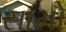
સામો